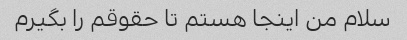
سلام من اینجا هستم تا حقوقم را بگیرم